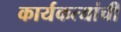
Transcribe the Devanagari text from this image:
कार्यकत्यांची